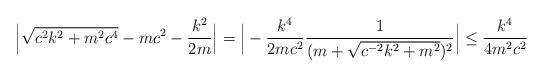
LaTeX: \begin{align*} \Big|\sqrt{c^2k^2 +m^2c^4}-mc^2-\frac{k^2}{2m}\Big| = \Big|-\frac{k^4}{2mc^2}\frac{1}{(m+\sqrt{c^{-2}k^2+m^2})^2}\Big| \leq \frac{k^4}{4m^2 c^2}\end{align*}